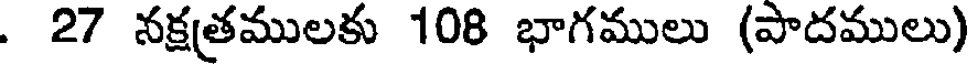
. 27 నక్షత్రములకు 108 భాగములు (పాదములు)